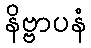
နိဗ္ဗာပနံ